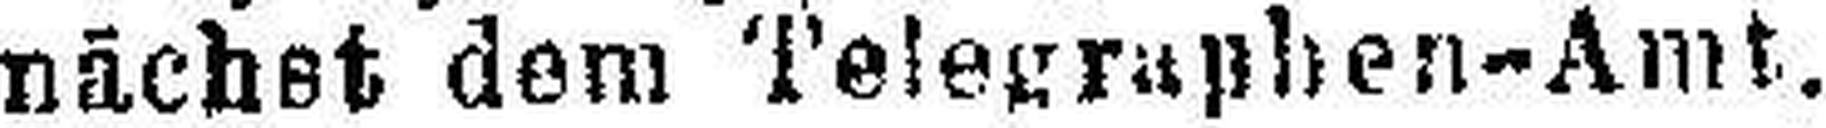
nächst dem Telegraphen-Amt.